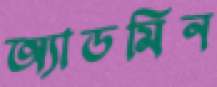
অ্যাডমিন